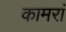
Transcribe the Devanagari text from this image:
कामरां